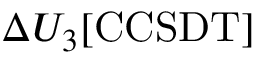
\Delta U _ { 3 } [ \mathrm { C C S D T } ]